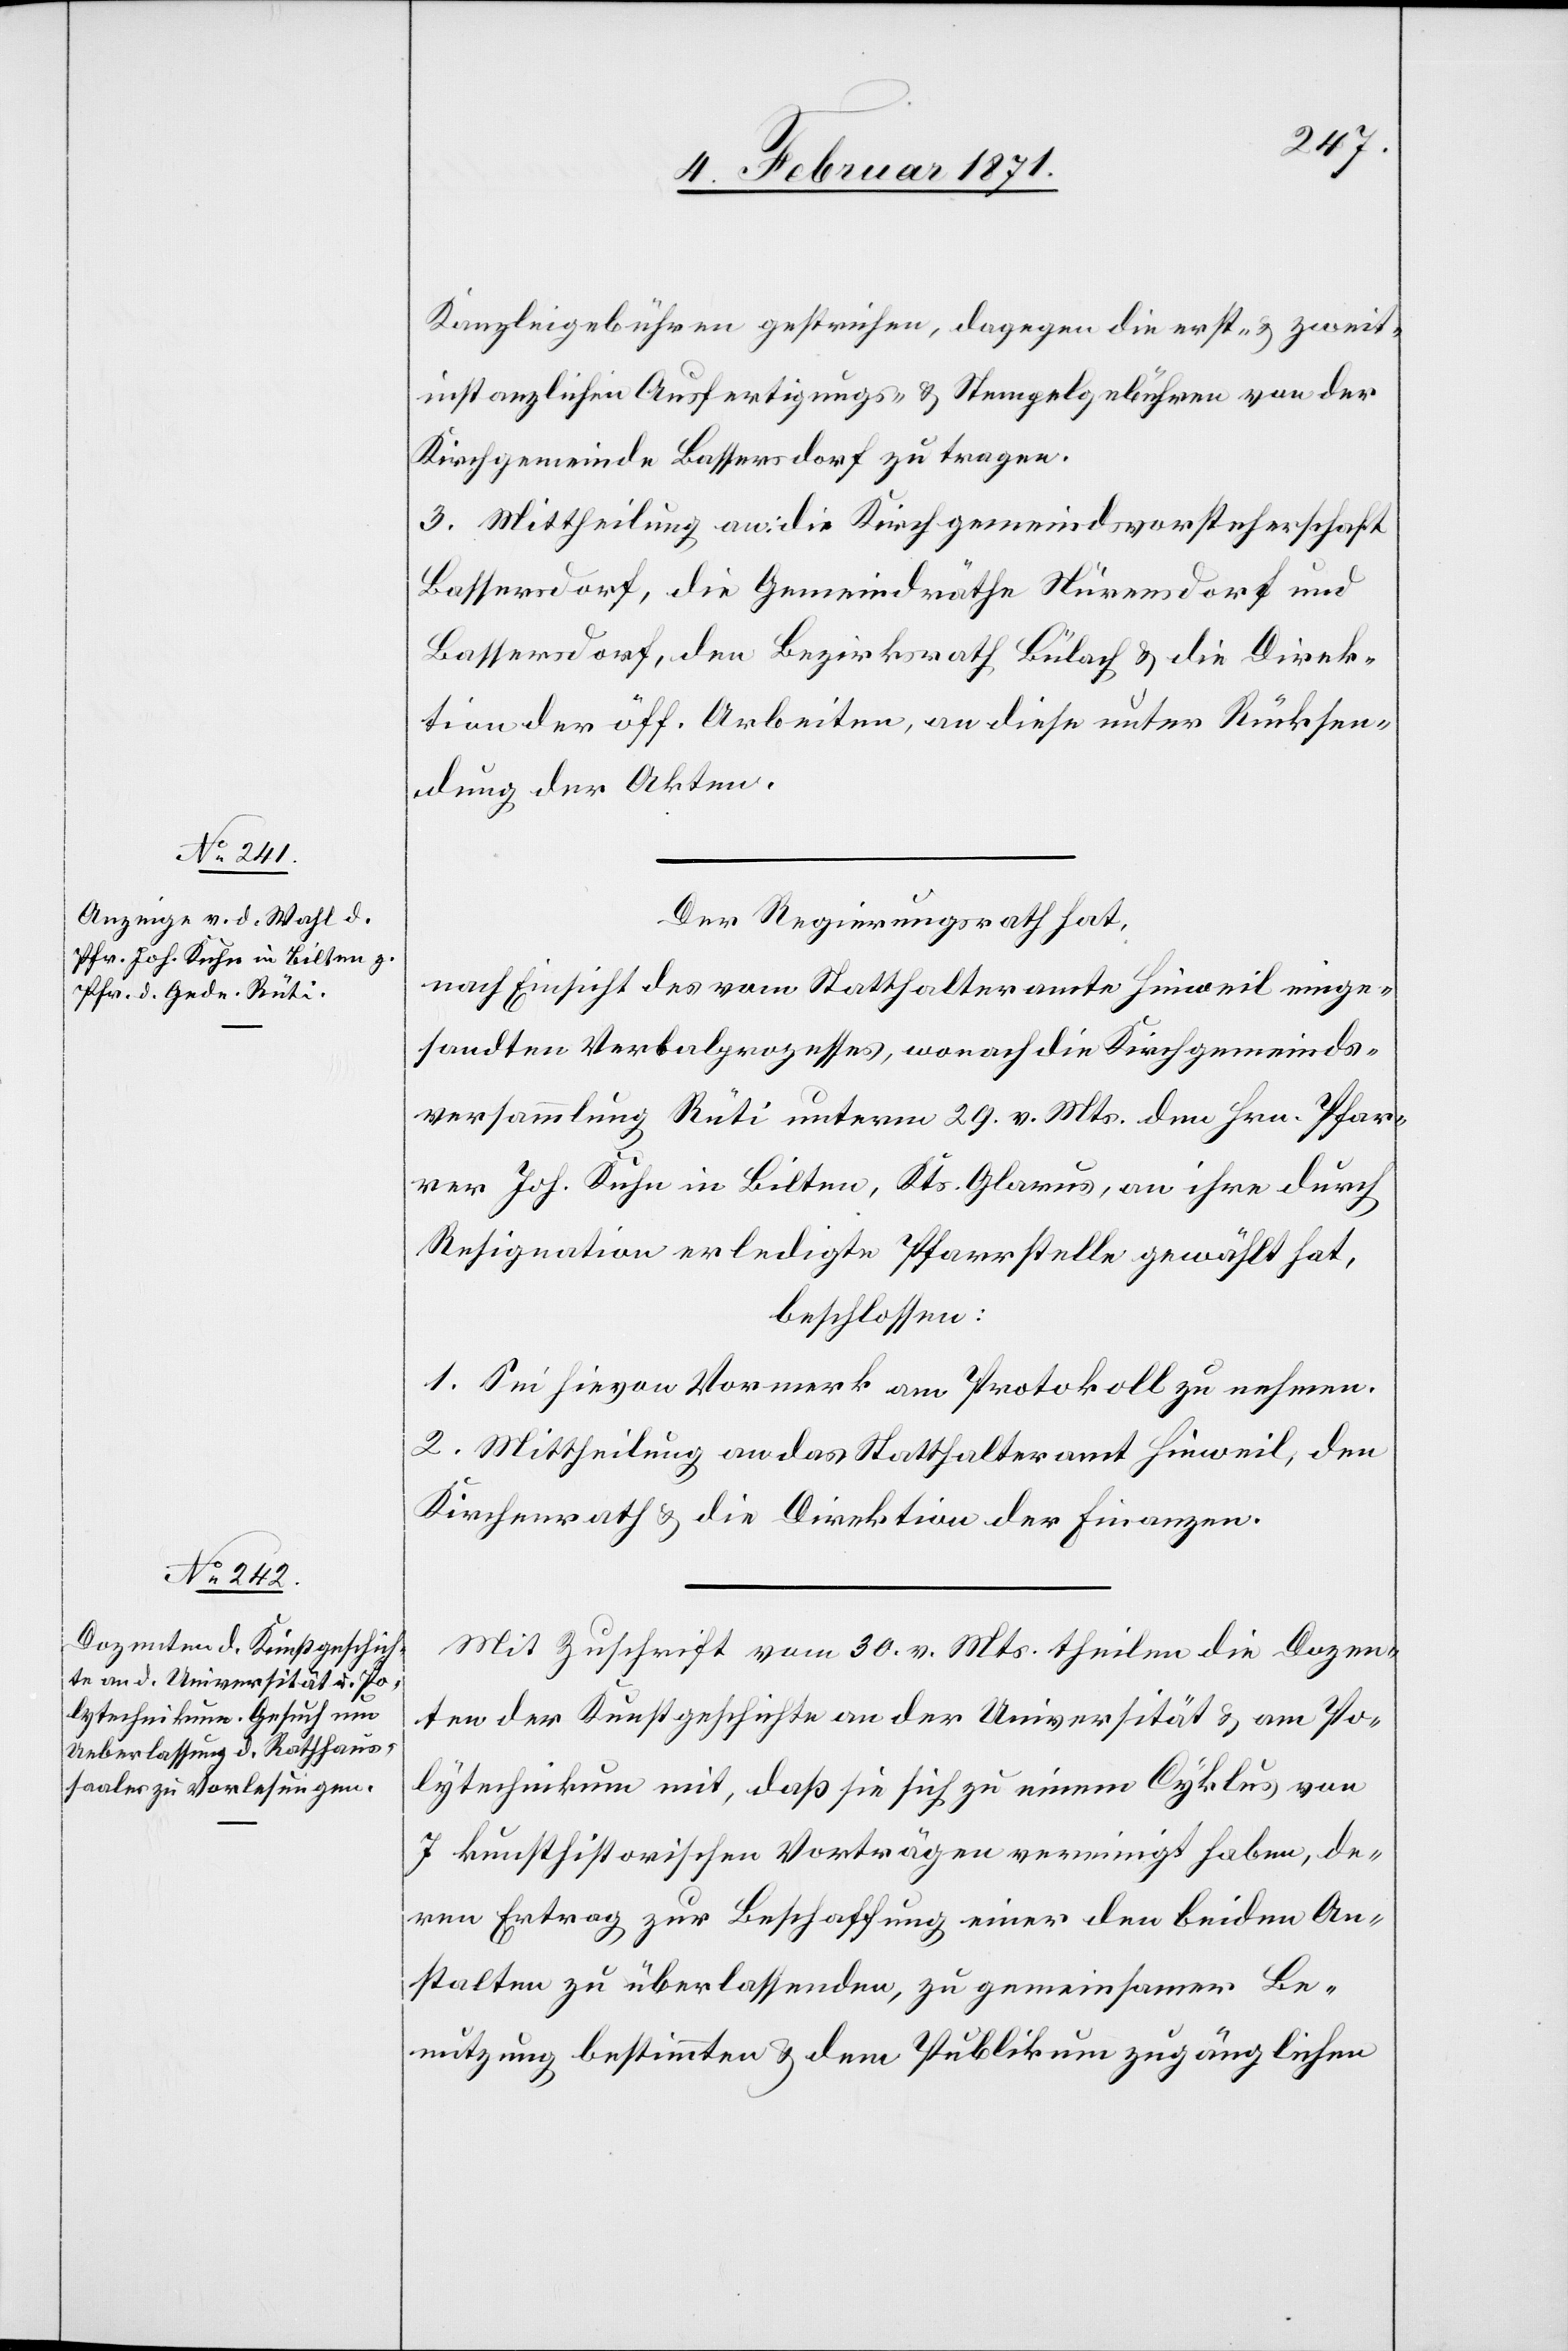
Kanzleigebühren gestrichen, dagegen die erst- u. zweit¬
instanzlichen Ausfertigungs- u. Stempelgebühren von der
Kirchgemeinde Bassersdorf zu tragen.
3. Mittheilung an die Kirchgemeindsvorsteherschaft
Bassersdorf, die Gemeindräthe Nürensdorf und
Bassersdorf, den Bezirksrath Bülach u. die Direk¬
tion der öff. Arbeiten, an diese unter Rücksen¬
dung der Akten.
Der Regierungsrath hat,
nach Einsicht des vom Statthalteramte Hinweil einge¬
sandten Verbalprozesses, wonach die Kirchgemeinds¬
versammlung Rüti unterm 29. v. Mts. den Hrn. Pfar¬
rer Joh. Kuhn in Bilten, Kts. Glarus, an ihre durch
Resignation erledigte Pfarrstelle gewählt hat,
beschlossen:
1. Sei hievon Vormerk am Protokoll zu nehmen.
2. Mittheilung an das Statthalteramt Hinweil, den
Kirchenrath u. die Direktion der Finanzen.
Mit Zuschrift vom 30. v. Mts. theilen die Dozen¬
ten der Kunstgeschichte an der Universität u. am Po¬
lytechnikum mit, daß sie sich zu einem Cyklus von
7 kunsthistorischen Vorträgen vereinigt haben, de¬
ren Ertrag zur Beschaffung einer den beiden An¬
stalten zu überlassenden, zu gemeinsamer Be¬
nutzung bestimmten u. dem Publikum zugänglichen